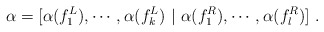
\begin{align*}\alpha=[\alpha(f_1^L),\cdots,\alpha(f_k^L)\ |\ \alpha(f_1^R),\cdots,\alpha(f_l^R)]\ .\end{align*}